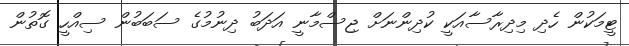
ޓީމަކުން ހެދި މިދިރާސާއަކީ ކުދިންނަށް ޖިސްމާނީ އަދަބު ދިނުމުގެ ސަބަބުން ސިއްހީ ގޮތުން